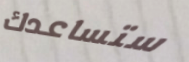
ستساعدك